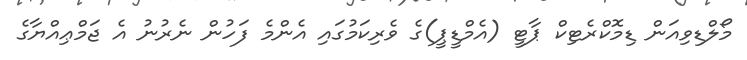
މޯލްޑިވިއަން ޑިމޮކްރެޓިކް ޕާޓީ (އެމްޑީޕީ)ގެ ވެރިކަމުގައި އެންމެ ފަހުން ނެރުނު އެ ޖަމްޢިއްޔާގެ